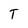
Character: T